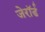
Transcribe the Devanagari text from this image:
जेरॉर्ड